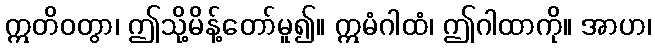
ဣတိဝတွာ၊ ဤသို့မိန့်တော်မူ၍။ ဣမံဂါထံ၊ ဤဂါထာကို။ အာဟ၊